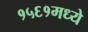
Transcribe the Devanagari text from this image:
१५६१मध्ये